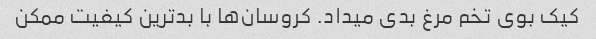
کیک بوی تخم مرغ بدی میداد. کروسان‌ها با بدترین کیفیت ممکن